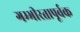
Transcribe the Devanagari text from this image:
गम्भीरतापूर्वक